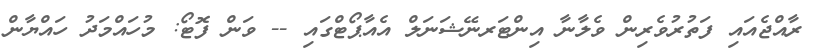
ރާއްޖެއައި ފަތުރުވެރިން ވެލާނާ އިންޓަރނޭޝަނަލް އެއާޕޯޓްގައި -- ވަން ފޮޓޯ: މުހައްމަދު ހައްޔާން